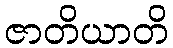
ဇာတိယာတိ